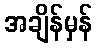
အချိန်မှန်